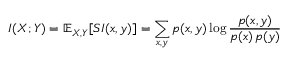
I ( X ; Y ) = \mathbb { E } _ { X , Y } [ S I ( x , y ) ] = \sum _ { x , y } p ( x , y ) \log { \frac { p ( x , y ) } { p ( x ) \, p ( y ) } }